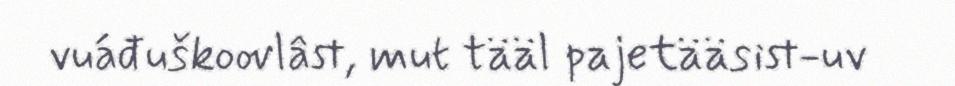
vuáđuškoovlâst, mut tääl pajetääsist-uv